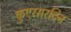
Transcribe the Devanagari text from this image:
कुएरसरटिन